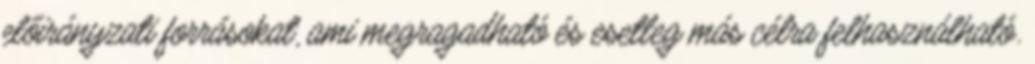
előirányzati forrásokat, ami megragadható és esetleg más célra felhasználható.